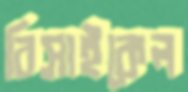
রিসাইকেল